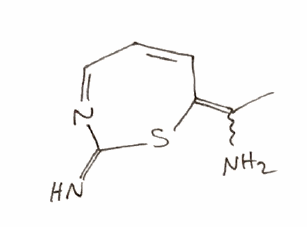
Simplified molecular-input line-entry system (SMILES) notation of the given molecule:
CC(=C1C=CC=NC(=N)S1)N